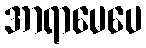
အာရာမေပေ